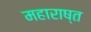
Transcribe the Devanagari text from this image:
महाराष्त